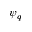
\psi _ { q }